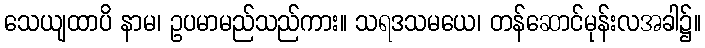
သေယျထာပိ နာမ၊ ဥပမာမည်သည်ကား။ သရဒသမယေ၊ တန်ဆောင်မုန်းလအခါ၌။